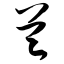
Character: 兰